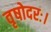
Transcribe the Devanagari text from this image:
वृषोदरः।